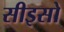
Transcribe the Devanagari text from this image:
सीइसो